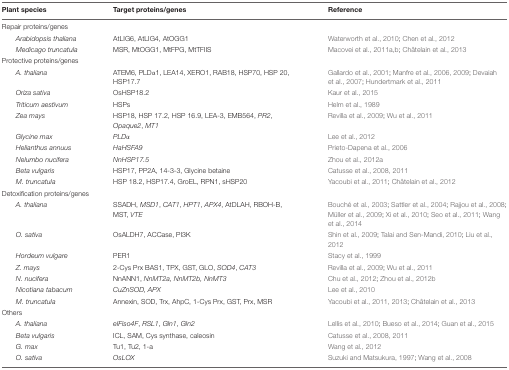
<table><thead><tr><td><b>Plant species</b></td><td><b>Target proteins/genes</b></td><td><b>Reference</b></td></tr></thead><tbody><tr><td colspan="3">Repair proteins/genes</td></tr><tr><td><i>Arabidopsis thaliana</i></td><td>AtLIG6, AtLIG4, AtOGG1</td><td>Waterworth et al., 2010; Chen et al., 2012</td></tr><tr><td><i>Medicago truncatula</i></td><td>MSR, MtOGG1, MtFPG, MtTFIIS</td><td>Macovei et al., 2011a,b; Châtelain et al., 2013</td></tr><tr><td colspan="3">Protective proteins/genes</td></tr><tr><td><i>A. thaliana</i></td><td>ATEM6, PLDα1, LEA14, XERO1, RAB18, HSP70, HSP 20, HSP17.7</td><td>Gallardo et al., 2001; Manfre et al., 2006, 2009; Devaiah et al., 2007; Hundertmark et al., 2011</td></tr><tr><td><i>Oriza sativa</i></td><td>OsHSP18.2</td><td>Kaur et al., 2015</td></tr><tr><td><i>Triticum aestivum</i></td><td>HSPs</td><td>Helm et al., 1989</td></tr><tr><td><i>Zea mays</i></td><td>HSP18, HSP 17.2, HSP 16.9, LEA-3, EMB564, <i>PR2</i>, <i>Opaque2</i>, <i>MT1</i></td><td>Revilla et al., 2009; Wu et al., 2011</td></tr><tr><td><i>Glycine max</i></td><td><i>PLDα</i></td><td>Lee et al., 2012</td></tr><tr><td><i>Helianthus annuus</i></td><td><i>HaHSFA9</i></td><td>Prieto-Dapena et al., 2006</td></tr><tr><td><i>Nelumbo nucifera</i></td><td><i>NnHSP17.5</i></td><td>Zhou et al., 2012a</td></tr><tr><td><i>Beta vulgaris</i></td><td>HSP17, PP2A, 14-3-3, Glycine betaine</td><td>Catusse et al., 2008, 2011</td></tr><tr><td><i>M. truncatula</i></td><td>HSP 18.2, HSP17.4, GroEL, RPN1, sHSP20</td><td>Yacoubi et al., 2011; Châtelain et al., 2012</td></tr><tr><td colspan="3">Detoxification proteins/genes</td></tr><tr><td><i>A. thaliana</i></td><td>SSADH, <i>MSD1</i>, <i>CAT1</i>, <i>HPT1</i>, <i>APX4</i>, AtDLAH, RBOH-B, MST, <i>VTE</i></td><td>Bouché et al., 2003; Sattler et al., 2004; Rajjou et al., 2008; Müller et al., 2009; Xi et al., 2010; Seo et al., 2011; Wang et al., 2014</td></tr><tr><td><i>O. sativa</i></td><td>OsALDH7, ACCase, PI3K</td><td>Shin et al., 2009; Talai and Sen-Mandi, 2010; Liu et al., 2012</td></tr><tr><td><i>Hordeum vulgare</i></td><td>PER1</td><td>Stacy et al., 1999</td></tr><tr><td><i>Z. mays</i></td><td>2-Cys Prx BAS1, TPX, GST, GLO, <i>SOD4</i>, <i>CAT3</i></td><td>Revilla et al., 2009; Wu et al., 2011</td></tr><tr><td><i>N. nucifera</i></td><td>NnANN1, <i>NnMT2a, NnMT2b, NnMT3</i></td><td>Chu et al., 2012; Zhou et al., 2012b</td></tr><tr><td><i>Nicotiana tabacum</i></td><td><i>CuZnSOD, APX</i></td><td>Lee et al., 2010</td></tr><tr><td><i>M. truncatula</i></td><td>Annexin, SOD, Trx, AhpC, 1-Cys Prx, GST, Prx, MSR</td><td>Yacoubi et al., 2011, 2013; Châtelain et al., 2013</td></tr><tr><td colspan="3">Others</td></tr><tr><td><i>A. thaliana</i></td><td><i>eIFiso4F</i>, <i>RSL1</i>, <i>Gln1</i>, <i>Gln2</i></td><td>Lellis et al., 2010; Bueso et al., 2014; Guan et al., 2015</td></tr><tr><td><i>Beta vulgaris</i></td><td>ICL, SAM, Cys synthase, caleosin</td><td>Catusse et al., 2008, 2011</td></tr><tr><td><i>G. max</i></td><td>Tu1, Tu2, 1-a</td><td>Wang et al., 2012</td></tr><tr><td><i>O. sativa</i></td><td><i>OsLOX</i></td><td>Suzuki and Matsukura, 1997; Wang et al., 2008</td></tr><tr><td></td></tr></tbody></table>